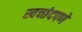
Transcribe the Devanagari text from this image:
स्वच्छंदपणे